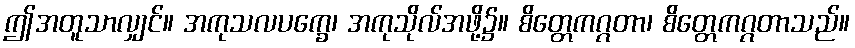
ဤအတူသာလျှင်။ အကုသလပက္ခေ၊ အကုသိုလ်အဖို့၌။ စိတ္တေကဂ္ဂတာ၊ စိတ္တေကဂ္ဂတာသည်။